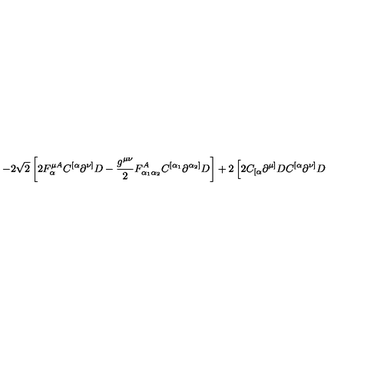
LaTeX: \left. - 2 \sqrt { 2 } \left[ 2 F _ { \alpha } ^ { \mu A } C ^ { [ \alpha } \partial ^ { \nu ] } D - \frac { g ^ { \mu \nu } } { 2 } F _ { \alpha _ { 1 } \alpha _ { 2 } } ^ { A } C ^ { [ \alpha _ { 1 } } \partial ^ { \alpha _ { 2 } ] } D \right] + 2 \left[ 2 C _ { [ \alpha } \partial ^ { \mu ] } D C ^ { [ \alpha } \partial ^ { \nu ] } D \right. \right.